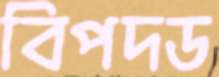
বিপদড